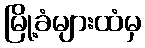
မြို့ခံများထံမှ